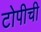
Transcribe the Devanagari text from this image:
टोपीची